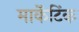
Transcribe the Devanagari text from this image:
मार्केटिंक